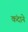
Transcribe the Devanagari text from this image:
कंदाने